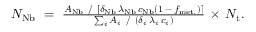
\begin{array} { r } { N _ { \mathrm { N b } } ~ = ~ { \frac { A _ { \mathrm { N b } } ~ / ~ [ { \delta _ { \mathrm { N b } } } \, { \lambda _ { \mathrm { N b } } } \, { c _ { \mathrm { N b } } } { ( 1 \, - \, { f _ { \mathrm { m e t . } } } ) } ] } { \sum _ { i } A _ { i } ~ / ~ { ( { \delta _ { i } } \, { \lambda _ { i } } \, { c _ { i } } ) } } } \, \times \, N _ { \mathrm { t } } . } \end{array}